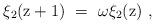
LaTeX: \begin{align*}\xi_2 ( {\rm z} + 1 ) \ = \ \omega \xi_2 ( {\rm z}) \ ,\end{align*}